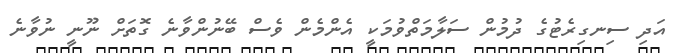
އަދި ސިނގިރެޓުގެ ދުމުން ސަލާމަތްވުމަކީ އެންމެން ވެސް ބޭނުންވާނެ ގޮތަށް ނޫނީ ނުވާނެ